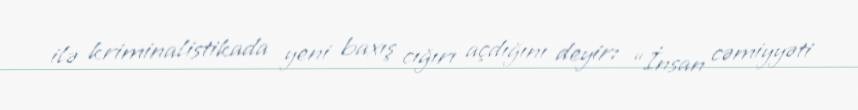
ilə kriminalistikada yeni baxış cığırı açdığını deyir: “İnsan cəmiyyəti